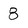
Character: 8